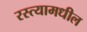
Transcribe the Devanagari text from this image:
रस्त्यामधील